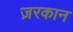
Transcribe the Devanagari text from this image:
ज़रकान